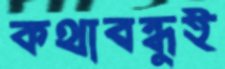
কথাবন্ধুই